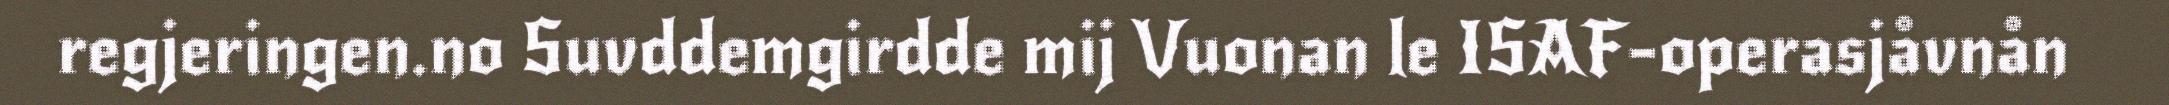
regjeringen.no Suvddemgirdde mij Vuonan le ISAF-operasjåvnån